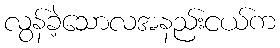
လွန်ခဲ့သောလအနည်းငယ်က